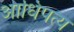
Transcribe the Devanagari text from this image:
आधिपत्य